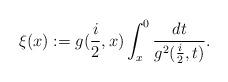
LaTeX: \begin{align*}\xi(x):=g(\frac{i}{2},x)\int_{x}^{0}\frac{dt}{g^{2}(\frac{i}{2},t)}.\end{align*}